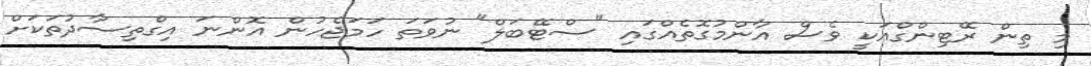
މި ތިން ރޭޓިންގްއަކީ ވެސް އާންމުގޮތެއްގައި "ސްޓޭބަލް" ނުވަތަ ހަމަޖެހުން އޮންނަ އިގްތިސާދުތަކަށް